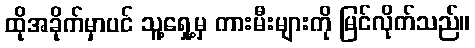
ထိုအခိုက်မှာပင် သူ့ရှေ့မှ ကားမီးများကို မြင်လိုက်သည်။